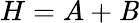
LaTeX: H=A+\mathit{B}